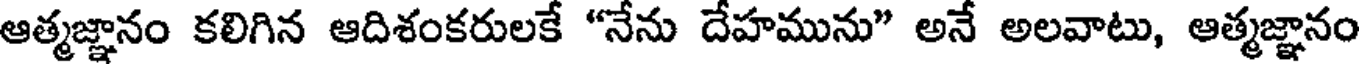
ఆత్మజ్ఞానం కలిగిన ఆదిశంకరులకే "నేను దేహమును" అనే అలవాటు, ఆత్మజ్ఞానం